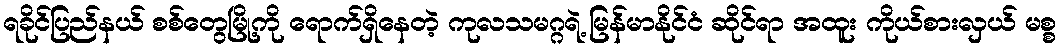
ရခိုင်ပြည်နယ် စစ်တွေမြို့ကို ရောက်ရှိနေတဲ့ ကုလသမဂ္ဂရဲ့ မြန်မာနိုင်ငံ ဆိုင်ရာ အထူး ကိုယ်စားလှယ် မစ္စ